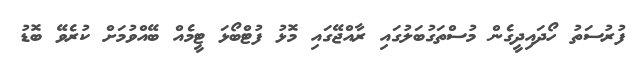
ފުރުސަތު ހޯދައިދީގެން މުސްތަގުބަލުގައި ރާއްޖޭގައި މޮޅު ފުޓްބޯޅަ ޓީމެއް ބޭއްވުމަށް ކުރެވޭ ބޮޑު